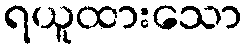
ရယူထားသော